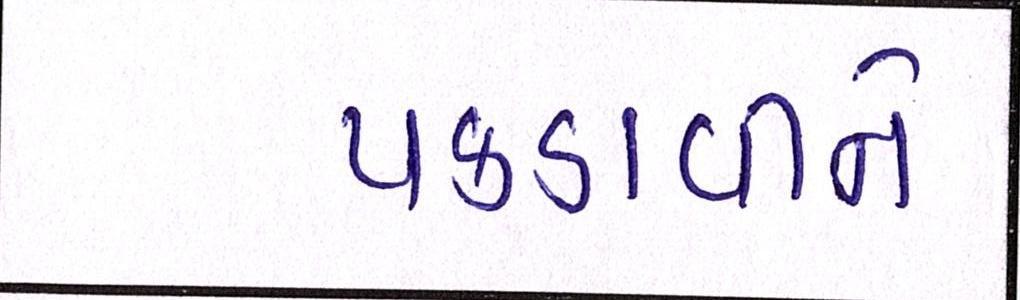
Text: પકડાવીને